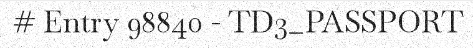
# Entry 98840 - TD3_PASSPORT